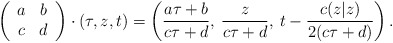
\begin{align*}\left( \begin{array}{cc}a & b\\ c & d\\\end{array}\right) \cdot (\tau, z, t) = \left( \frac{a \tau + b}{c \tau + d},\: \frac{z}{c \tau + d},\: t - \frac{c (z|z)}{2(c \tau + d)}\right) .\end{align*}